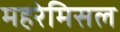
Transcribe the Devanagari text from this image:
महरेमिसल